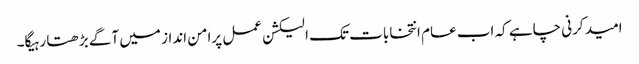
امید کرنی چاہے کہ اب عام انتخابات تک الیکشن عمل پرامن انداز میں آگے بڑھتا رہیگا۔